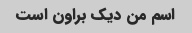
اسم من دیک براون است